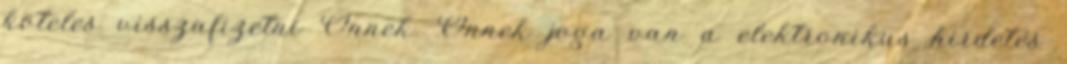
köteles visszafizetni Önnek. Önnek joga van a elektronikus hirdetés